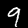
Label: 9